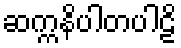
ဆက္ကနိပါတပါဠိ